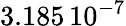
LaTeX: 3.185\, 10^{-7}